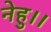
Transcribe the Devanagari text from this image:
नेहु।।